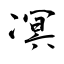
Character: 凕